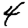
Digit: 4